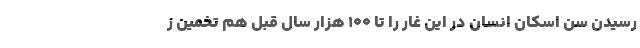
رسیدن سن اسکان انسان در این غار را تا ۱۰۰ هزار سال قبل هم تخمین ز